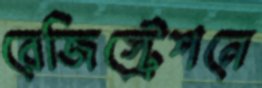
রেজিস্ট্রেশনে